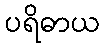
ပရိဓာယ